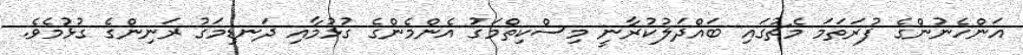
އަންހެނުންގެ ފުރަތަމަ މެޗުގައި ބައްދަލުކުރާނީ މިސްކިތްމަގު އެންމެންގެ ގުޅުމާއި ދަނޑިމަގު ރަނިންގެ ގުޅުމެވެ.